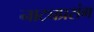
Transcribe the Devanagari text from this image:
नाट्यप्रसंग